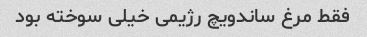
فقط مرغ ساندویچ رژیمی خیلی سوخته بود